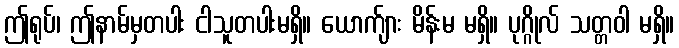
ဤရုပ်၊ ဤနာမ်မှတပါး ငါသူတပါးမရှိ။ ယောက်ျား မိန်းမ မရှိ။ ပုဂ္ဂိုလ် သတ္တဝါ မရှိ။